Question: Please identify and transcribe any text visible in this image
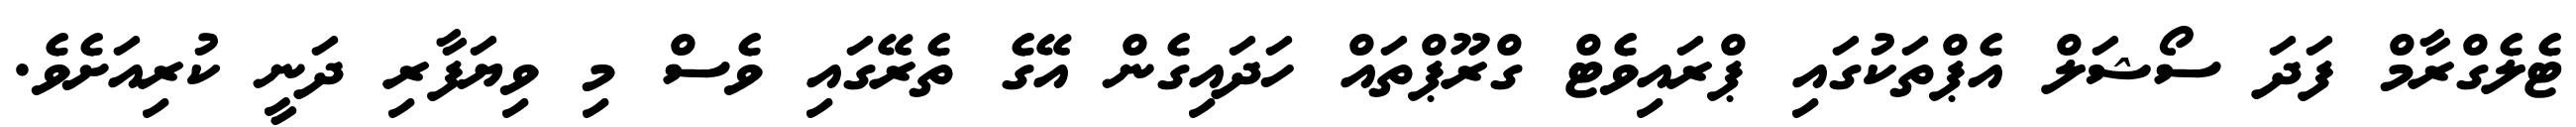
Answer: ޓެލެގްރާމް ފަދަ ސޯޝަލް އެޕްތަކުގައި ޕްރައިވެޓް ގްރޫޕްތައް ހަދައިގެން އޭގެ ތެރޭގައި ވެސް މި ވިޔަފާރި ދަނީ ކުރިއަށެވެ.